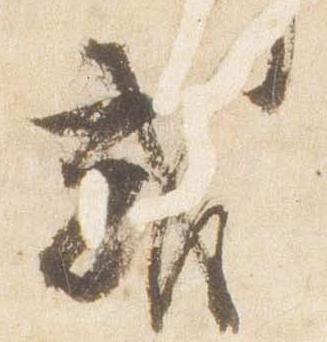
或